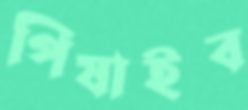
পিষাইব